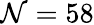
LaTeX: \mathcal{N}=58